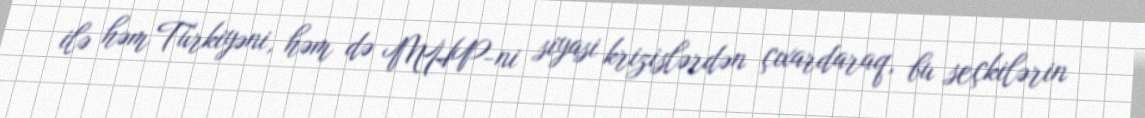
ilə həm Türkiyəni, həm də MHP-ni siyasi krizislərdən çıxardaraq, bu seçkilərin